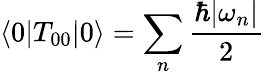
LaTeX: \langle 0|T_{00}|0\rangle=\sum_{n}{\frac{\hbar|\omega_{n}|}{2}}